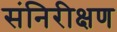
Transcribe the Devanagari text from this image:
संनिरीक्षण